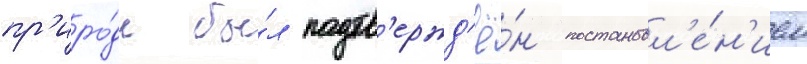
пр'иро́ды бы́л подтв'ержд'ё́н постановл'е́н'ием